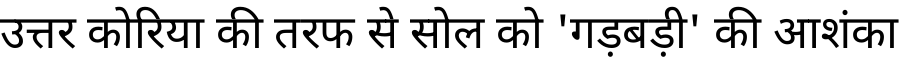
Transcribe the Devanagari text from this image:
उत्तर कोरिया की तरफ से सोल को 'गड़बड़ी' की आशंका